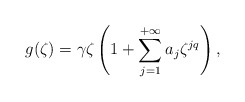
\begin{align*} g(\zeta)=\gamma \zeta \left( 1 + \sum_{j = 1}^{+ \infty} a_j \zeta^{jq} \right),\end{align*}